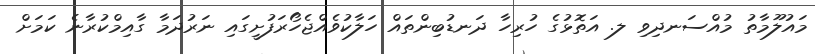
މައުލޫމާތު މުއްސަނދިވި ލ. އަތޮޅުގެ ހުރިހާ ދަނޑުބިންތައް ހަލާކުވެއްޖެހޯރަފުށީގައި ނަރުދަމާ ގާއިމްކުރާނެ ކަމަށް